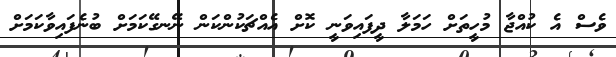
ވެސް އެ ކުއްޖާ މުހީތަށް ހަމަލާ ދީފައިވަނީ ކޮށް އެއްޗަކުންކަން ނޭނގޭކަމަށް ބުނެފައިވާކަމަށް